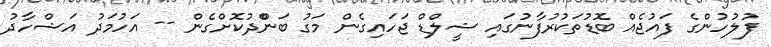
ފުލުހުންގެ ފައުޖެއް ބޮޑުތަކުރުފާނުގައި ޝީލްޑް ޖަހައިގެން މަގު ބަންްދުކޮށްގެން -- އަހުމަދު އަޝްހާދު